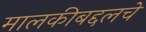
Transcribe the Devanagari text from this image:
मालकीबद्दलचे